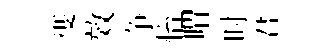
㕠效争怡喟时君